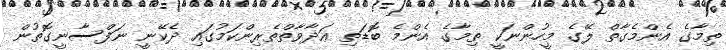
ތިމާގެ އެންމެގާތް ލޭގެ މީހުންނަކީ ތިމާގެ އެންމެ ބޮޑަތި ޢަދާވާތްތެރިންކަމުގައި ދެކޭނީ ނަފްސާނީގޮތުން